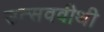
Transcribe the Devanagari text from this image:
उत्सववीथी